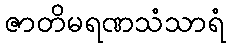
ဇာတိမရဏသံသာရံ